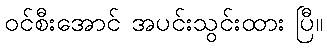
ဝင်စီးအောင် အပင်းသွင်းထား ပြီ။